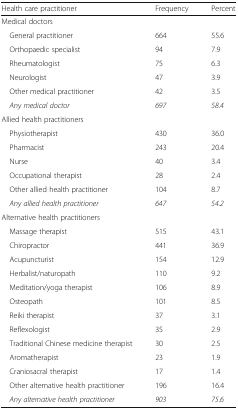
| Health care practitioner | Frequency | Percent |
 | --- | --- | --- |
 | <COLSPAN=3> Medical doctors |
 | General practitioner | 664 | 55.6 |
 | Orthopaedic specialist | 94 | 7.9 |
 | Rheumatologist | 75 | 6.3 |
 | Neurologist | 47 | 3.9 |
 | Other medical practitioner | 42 | 3.5 |
 | Any medical doctor | 697 | 58.4 |
 | <COLSPAN=3> Allied health practitioners |
 | Physiotherapist | 430 | 36.0 |
 | Pharmacist | 243 | 20.4 |
 | Nurse | 40 | 3.4 |
 | Occupational therapist | 28 | 2.4 |
 | Other allied health practitioner | 104 | 8.7 |
 | Any allied health practitioner | 647 | 54.2 |
 | <COLSPAN=3> Alternative health practitioners |
 | Massage therapist | 515 | 43.1 |
 | Chiropractor | 441 | 36.9 |
 | Acupuncturist | 154 | 12.9 |
 | Herbalist/naturopath | 110 | 9.2 |
 | Meditation/yoga therapist | 106 | 8.9 |
 | Osteopath | 101 | 8.5 |
 | Reiki therapist | 37 | 3.1 |
 | Reflexologist | 35 | 2.9 |
 | Traditional Chinese medicine therapist | 30 | 2.5 |
 | Aromatherapist | 23 | 1.9 |
 | Craniosacral therapist | 17 | 1.4 |
 | Other alternative health practitioner | 196 | 16.4 |
 | Any alternative health practitioner | 903 | 75.6 |